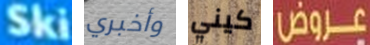
Ski وأخبري كيني عروض